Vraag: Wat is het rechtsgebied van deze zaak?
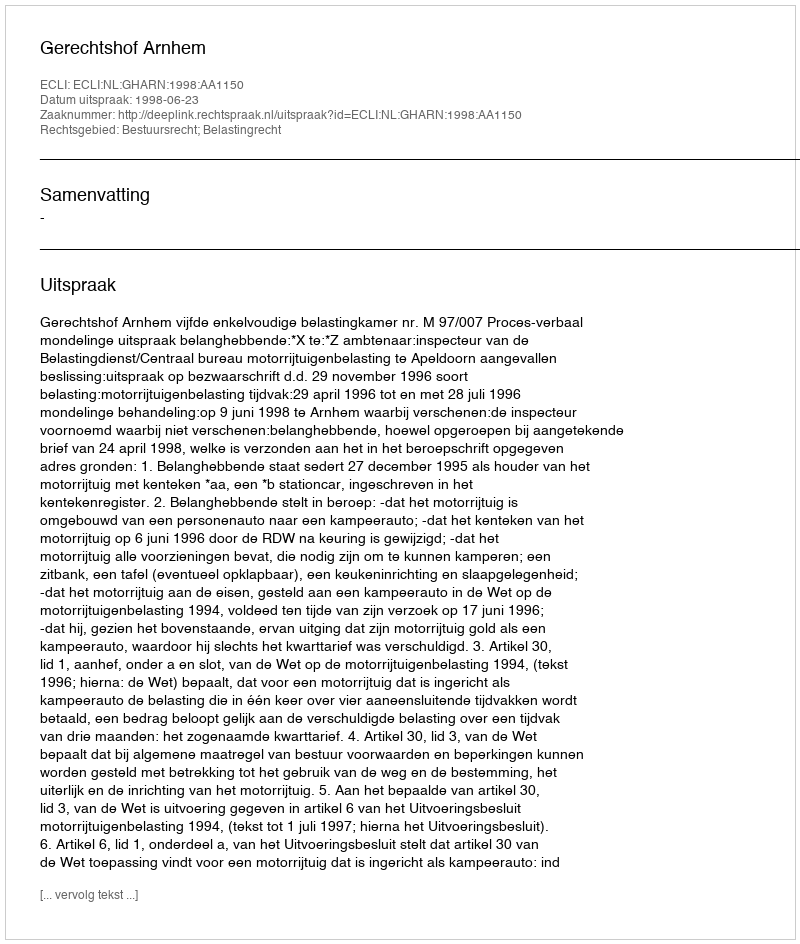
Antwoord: Bestuursrecht; Belastingrecht